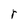
Character: r